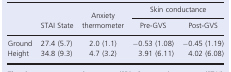
| <ROWSPAN=2>  | <ROWSPAN=2> STAI State | <ROWSPAN=2> Anxiety thermometer | <COLSPAN=2> Skin conductance |
 | Pre‐GVS | Post‐GVS |
 | --- | --- | --- | --- | --- |
 | Ground | 27.4 (5.7) | 2.0 (1.1) | −0.53 (1.08) | −0.45 (1.19) |
 | Height | 34.8 (9.3) | 4.7 (3.2) | 3.91 (6.11) | 4.02 (6.08) |